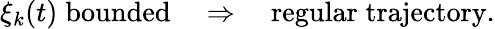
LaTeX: \xi_{k}(t)\; \mathrm{bounded}\quad\Rightarrow\quad\mathrm{regular\; trajectory}.